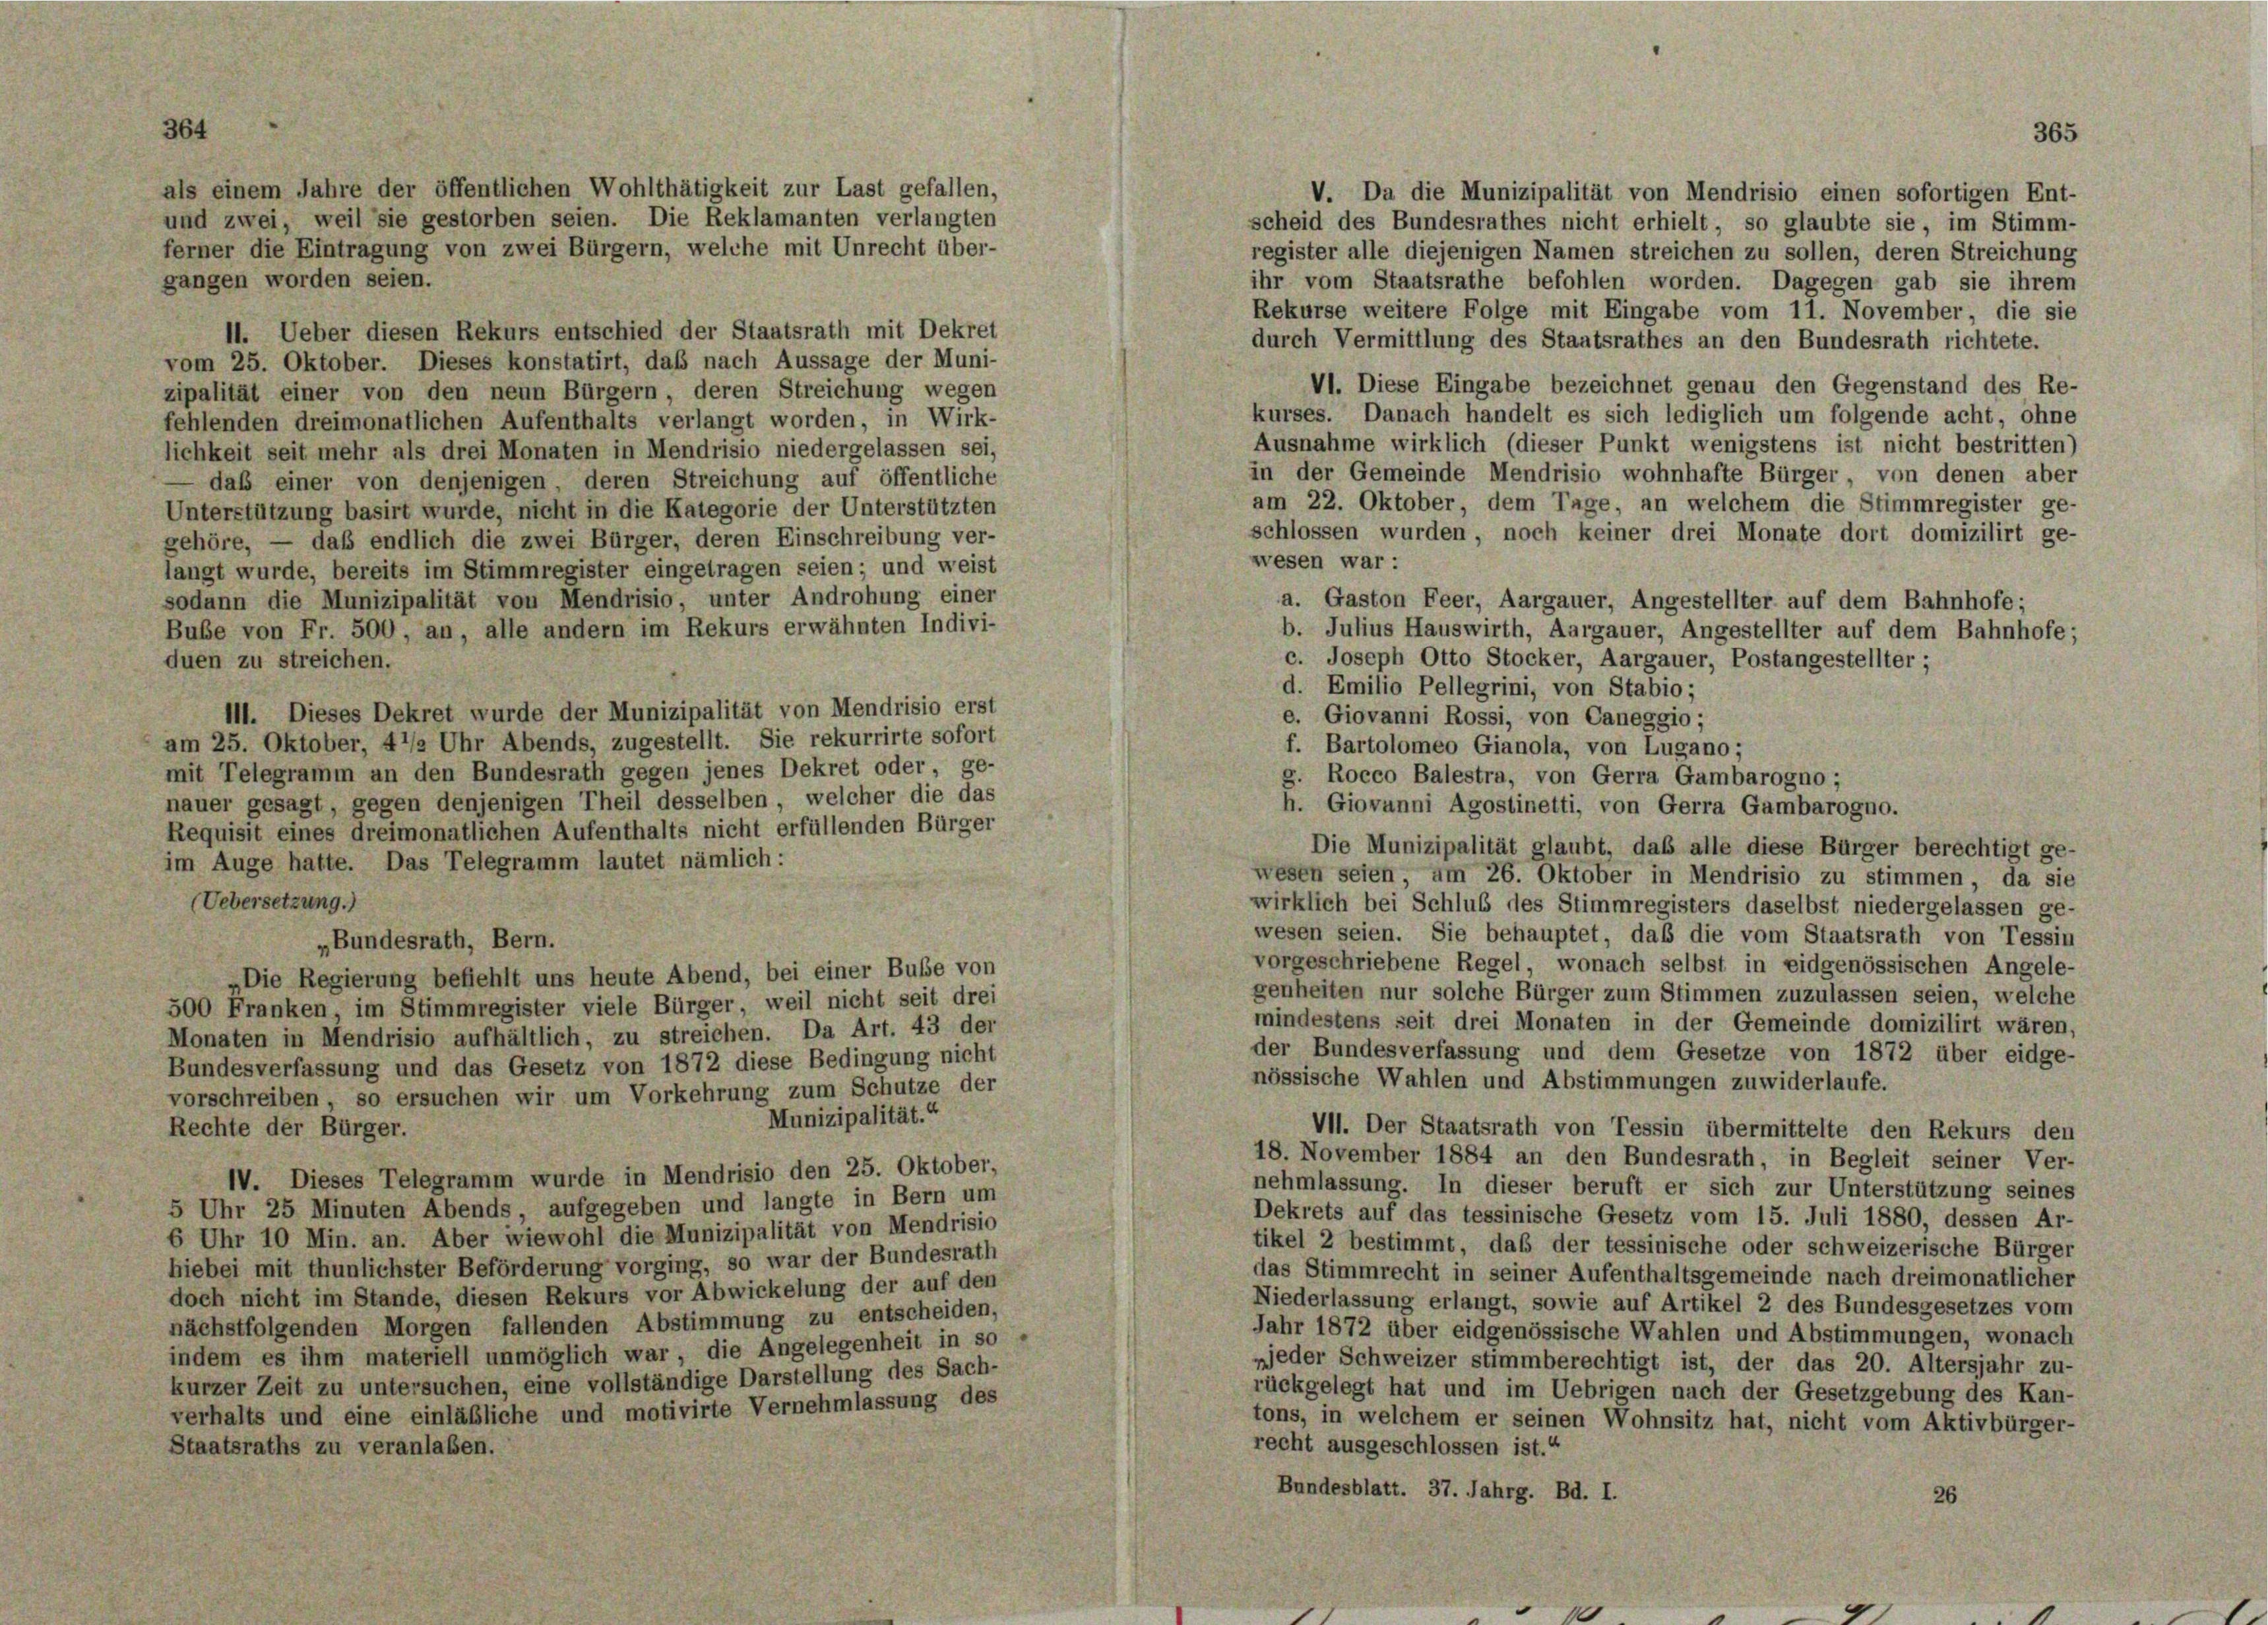
als einem Jahre der öffentlichen Wohlthätigkeit zur Last gefallen,

und zwei, weil sie gestorben seien. Die Reklamanten verlangten
ferner die Eintragung von zwei Bürgern, welche mit Unrecht über-
gangen worden seien.
11. Ueber diesen Rekurs entschied der Staatsrath mit Dekret
vom 25. Oktober. Dieses konstatirt, daß nach Aussage der Muni-
VI. Diese Eingabe bezeichnet genau den Gegenstand des Re-
zipalität einer von den neun Bürgern, deren Streichung wegen
kurses. Danach handelt es sich lediglich um folgende acht, ohne
fehlenden dreimonatlichen Aufenthalts verlangt worden, in Wirk-
Ausnahme wirklich (dieser Punkt wenigstens ist nicht bestritten)
lichkeit seit mehr als drei Monaten in Mendrisio niedergelassen sei,
in der Gemeinde Mendrisio wohnhafte Bürger, von denen aber
daß einer von denjenigen deren Streichung auf öffentliche
am 22. Oktober dem Tage, an welchem die Stimmregister ge-
Unterstützung basirt wurde, nicht in die Kategorie der Unterstützten
schlossen wurden, noch keiner drei Monate dort domizilirt ge-
gehöre, — daß endlich die zwei Bürger, deren Einschreibung ver-
wesen war:
langt wurde, bereits im Stimmregister eingetragen seien; und weist
sodann die Munizipalität von Mendrisio, unter Androhung einer
a. Gaston Feer, Aargauer, Angestellter auf dem Bahnhofe;
Bube von Fr. 500, an, alle andern im Rekurs erwähnten Indivi-
b. Julius Hauswirth, Aargauer, Angestellter auf dem Bahnhofe;
c. Joseph Otto Stocker, Aargauer, Postangestellter-
duen zu streichen.
d. Emilio Pellegrini, von Stabio;
111. Dieses Dekret wurde der Munizipalität von Mendrisio erst
e. Giovanni Rossi, von Caneggio;
am 25. Oktober, 4 1/2 Uhr Abends, zugestellt. Sie rekurrirte sofort
f. Bartolomeo Gianola, von Lugano;
mit Telegramm an den Bundesrath gegen jenes Dekret oder ge-
g. Rocco Balestra, von Gerra Gambarogno;
nauer gesagt, gegen denjenigen Theil desselben, welcher die das
h. Giovanni Agostinetti, von Gerra Gambarogno.
Requisit eines dreimonatlichen Aufenthalts nicht erfüllenden Bürger
Die Munizipalität glaubt, das alle diese Bürger berechtigt ge-
im Auge hatte. Das Telegramm lautet nämlich:
wesen seien, am 26. Oktober in Mendrisio zu stimmen, da sie
(Uebersetzung.)
wirklich bei Schluß des Stimmregisters daselbst niedergelassen ge-
wesen seien. Sie behauptet, daß die vom Staatsrath von Tessin
„Bundesrath, Bern.
vorgeschriebene Regel, wonach selbst in eidgenössischen Angele-
„Die Regierung befiehlt uns heute Abend, bei einer Buße von
genheiten nur solche Bürger zum Stimmen zuzulassen seien, welche
500 Franken im Stimmregister viele Bürger weil nicht seit drei
mindestens seit drei Monaten in der Gemeinde domizilirt wären,
Monaten in Mendrisio aufhältlich, zu streichen. Da Art. 43 der
der Bundesverfassung und dem Gesetze von 1872 über eidge-
Bundesverfassung und das Gesetz von 1872 diese Bedingung nicht
nössische Wahlen und Abstimmungen zuwiderlaufe.
vorschreiben, so ersuchen wir um Vorkehrung zum Schutze der
Munizipalität.“
Rechte der Bürger.
VII. Der Staatsrath von Tessin übermittelte den Rekurs den
18. November 1884 an den Bundesrath, in Begleit seiner Ver-
IV. Dieses Telegramm wurde in Mendrisio den 25. Oktober,
nehmlassung. In dieser beruft er sich zur Unterstützung seines
5 Uhr 25 Minuten Abends, aufgegeben und langte in Bern um
Dekrets auf das tessinische Gesetz vom 15. Juli 1880, dessen Ar-
6 Uhr 10 Min. an. Aber wiewohl die Munizipalität von Mendrisio
tikel 2 bestimmt, das der tessinische oder schweizerische Bürger
hiebei mit thunlichster Beförderung vorging, so war der Bundesrath
das Stimmrecht in seiner Aufenthaltsgemeinde nach dreimonatlicher
doch nicht im Stande, diesen Rekurs vor Abwickelung der auf den
Niederlassung erlangt, sowie auf Artikel 2 des Bundesgesetzes vom
nächstfolgenden Morgen fallenden Abstimmung zu entscheiden,
Jahr 1872 über eidgenössische Wahlen und Abstimmungen, wonach
indem es ihm materiell unmöglich war, die Angelegenheit in so
„jeder Schweizer stimmberechtigt ist, der das 20. Altersjahr zu-
kurzer Zeit zu untersuchen, eine vollständige Darstellung des Sach-
rückgelegt hat und im Uebrigen nach der Gesetzgebung des Kan-
verhalts und eine einläßliche und motivirte Vernehmlassung des
tons, in welchem er seinen Wohnsitz hat, nicht vom Aktivbürger-
recht ausgeschlossen ist.“
Staatsraths zu veranlaßen.
Bundesblatt. 37. Jahrg. Bd. I.
26

V. Da die Munizipalität von Mendrisio einen sofortigen Ent-
scheid des Bundesrathes nicht erhielt, so glaubte sie, im Stimm-
register alle diejenigen Namen streichen zu sollen, deren Streichung
ihr vom Staatsrathe befohlen worden. Dagegen gab sie ihrem
Rekurse weitere Folge mit Eingabe vom 11. November, die sie
durch Vermittlung des Staatsrathes an den Bundesrath richtete.

65